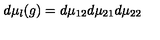
d \mu _ { l } ( g ) = d \mu _ { 1 2 } d \mu _ { 2 1 } d \mu _ { 2 2 }